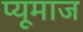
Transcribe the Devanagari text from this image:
प्यूमाज